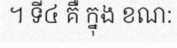
។ ទី៤ គឺ ក្នុង ខណ: